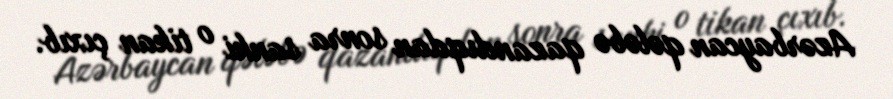
Azərbaycan qələbə qazandıqdan sonra sanki o tikan çıxıb.